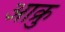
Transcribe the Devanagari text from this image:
आक्रु